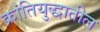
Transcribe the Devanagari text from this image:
क्रांतियुद्धातील